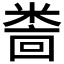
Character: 𫃅